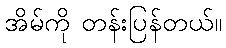
အိမ်ကို တန်းပြန်တယ်။